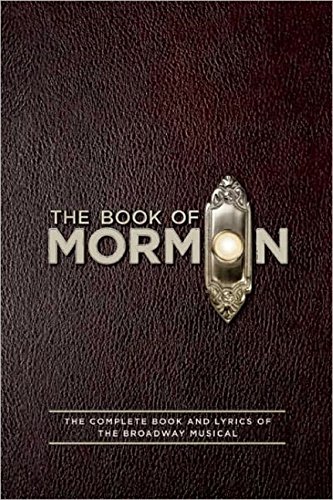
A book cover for The Book of Mormon Script Book: The Complete Book and Lyrics of the Broadway Musical; Trey Parker; Humor & Entertainment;